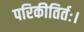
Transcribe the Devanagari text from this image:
परिकीतिर्तः।